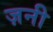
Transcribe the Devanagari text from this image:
ज़नी